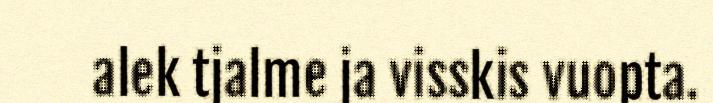
alek tjalme ja visskis vuopta.